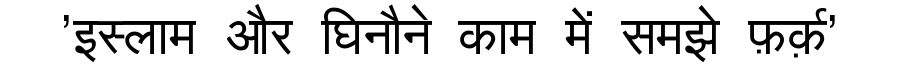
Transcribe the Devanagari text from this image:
'इस्लाम और घिनौने काम में समझे फ़र्क़'